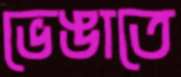
ভেঙাতে